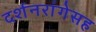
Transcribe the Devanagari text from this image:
दर्शनरांगेसह